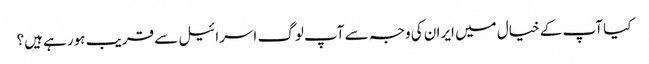
کیا آپ کے خیال میں ایران کی وجہ سے آپ لوگ اسرائیل سے قریب ہورہے ہیں؟